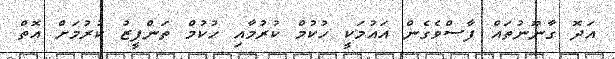
އަދޮ ގާނޫނުތައް ފާސްވެގެން އައުމަކީ ހުކުމް ކުރުމާއި ހުކުމް ތަންފީޒު ކުރުމަށް އޮތް